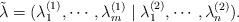
LaTeX: \begin{align*} \tilde \lambda=(\lambda^{(1)}_1, \cdots, \lambda^{(1)}_m\mid \lambda^{(2)}_1, \cdots, \lambda^{(2)}_n).\end{align*}